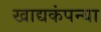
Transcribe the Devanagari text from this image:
खाद्यकंपन्या